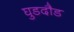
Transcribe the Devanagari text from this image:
घुडदौड